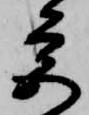
宮